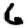
Digit: 6